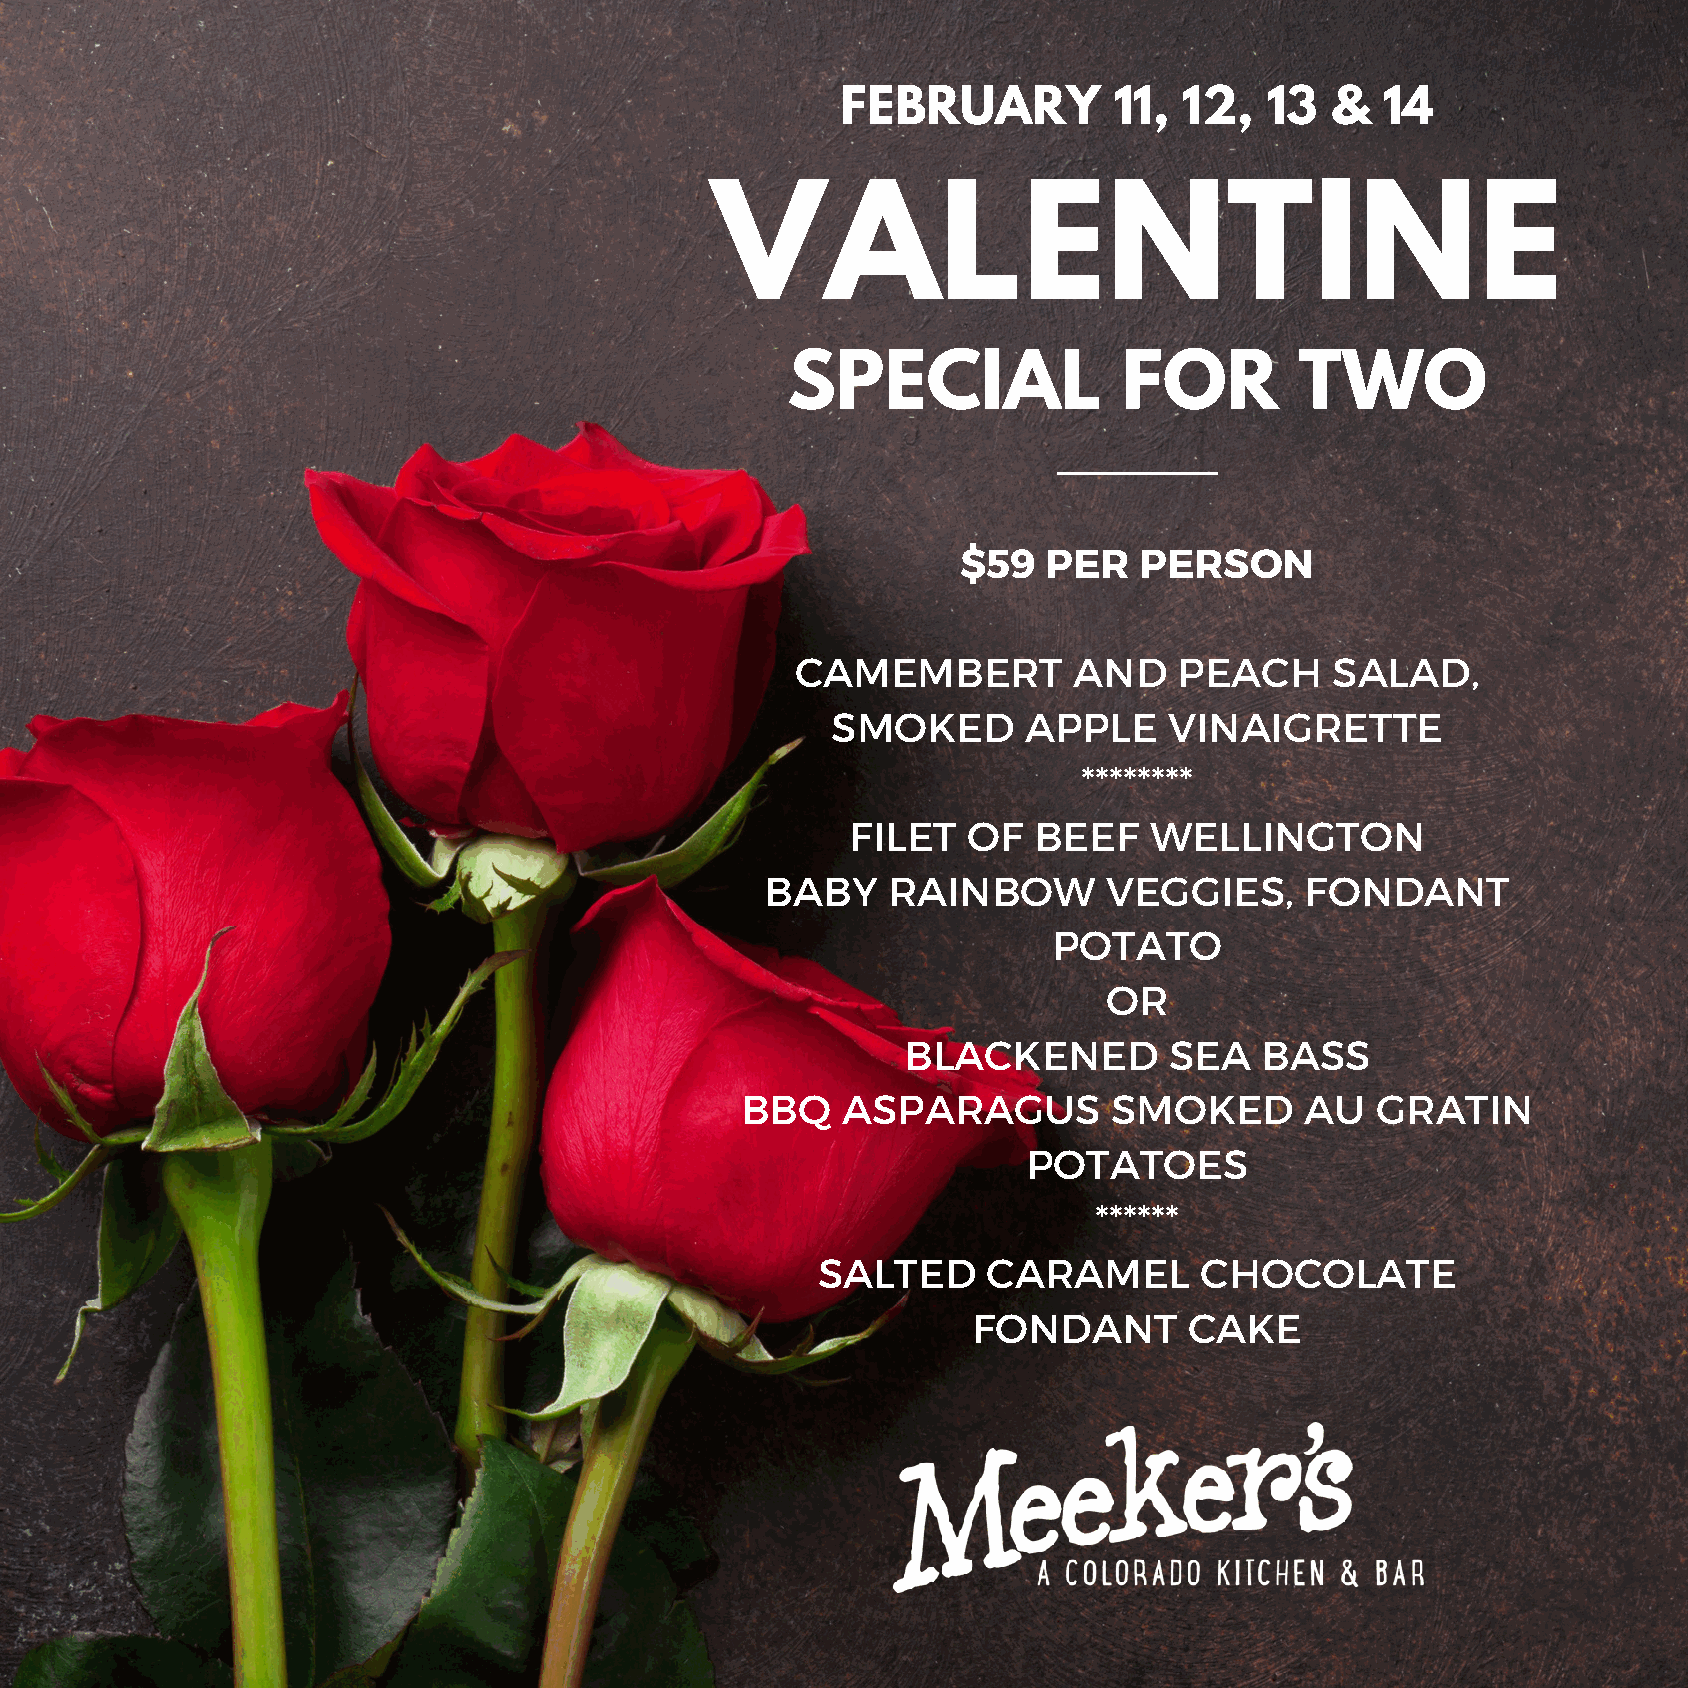
FEBRUARY          11, 12,   13  &   14
 VALENTINE
 SPECIAL               FOR         TWO
 $59  PER   PERSON
 CAMEMBERT         AND    PEACH     SALAD,
 SMOKED       APPLE    VINAIGRETTE
 ********
 FILET   OF  BEEF    WELLINGTON
 BABY    RAINBOW       VEGGIES,     FONDANT
 POTATO
 OR
 BLACKENED        SEA   BASS
 BBQ    ASPARAGUS         SMOKED      AU   GRATIN
 POTATOES
 ******
 SALTED     CARAMEL       CHOCOLATE
 FONDANT        CAKE